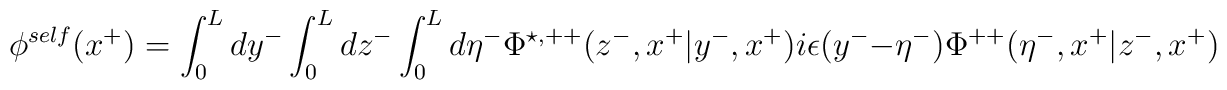
{\phi}^{self}(x^{+}) =\int_0^L dy^{-} \int_0^L dz^{-} \int_0^L d{\eta}^{-}{\Phi}^{\star,++}(z^{-},x^{+}|y^{-},x^{+})i{\epsilon}(y^{-} - {\eta}^{-}) {\Phi}^{++}({\eta}^{-},x^{+}|z^{-},x^{+})